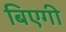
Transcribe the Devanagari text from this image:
बिएगी